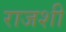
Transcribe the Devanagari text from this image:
राजशी